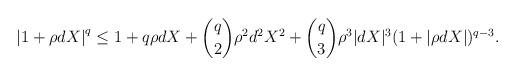
LaTeX: \begin{align*} \left| 1 + \rho d X \right|^{q} \le 1 + q \rho d X + \binom{q}{2}\rho^2 d^2 X^2 + \binom{q}{3}\rho^3|dX|^3(1+|\rho dX|)^{q-3}. \end{align*}